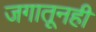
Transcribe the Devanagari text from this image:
जगातूनही